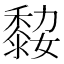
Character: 𪏼